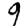
Digit: 9